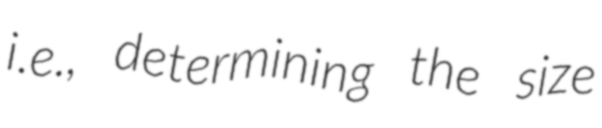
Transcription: i.e., determining the size